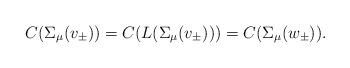
LaTeX: \begin{align*} C(\Sigma_\mu(v_\pm))= C(L(\Sigma_\mu(v_\pm)))=C(\Sigma_\mu(w_\pm)).\end{align*}